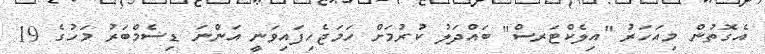
އެގޮތުން މިއަހަރު "އިލެކްޓަރސް" ބައްދަލު ކުރުމަށް ހަމަޖެހިފައިވަނީ އަންނަ ޑިސެމްބަރު މަހުގެ 19